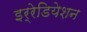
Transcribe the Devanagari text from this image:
इर्रेडियेशन